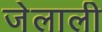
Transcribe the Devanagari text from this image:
जेलाली